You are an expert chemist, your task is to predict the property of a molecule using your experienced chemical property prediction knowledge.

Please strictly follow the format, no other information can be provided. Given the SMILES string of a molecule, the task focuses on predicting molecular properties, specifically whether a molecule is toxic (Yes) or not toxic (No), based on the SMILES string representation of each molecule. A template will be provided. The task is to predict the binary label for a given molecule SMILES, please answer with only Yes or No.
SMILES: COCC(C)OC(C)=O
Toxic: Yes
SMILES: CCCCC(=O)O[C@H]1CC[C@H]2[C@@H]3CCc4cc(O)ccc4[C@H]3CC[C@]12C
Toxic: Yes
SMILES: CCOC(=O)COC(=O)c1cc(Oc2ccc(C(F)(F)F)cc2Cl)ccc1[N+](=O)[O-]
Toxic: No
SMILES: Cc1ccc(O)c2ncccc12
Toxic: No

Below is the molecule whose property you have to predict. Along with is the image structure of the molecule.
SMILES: COC1=C(OC)C(=O)C(C/C=C(\C)CC/C=C(\C)CC/C=C(\C)CC/C=C(\C)CC/C=C(\C)CC/C=C(\C)CC/C=C(\C)CC/C=C(\C)CC/C=C(\C)CCC=C(C)C)=C(C)C1=O
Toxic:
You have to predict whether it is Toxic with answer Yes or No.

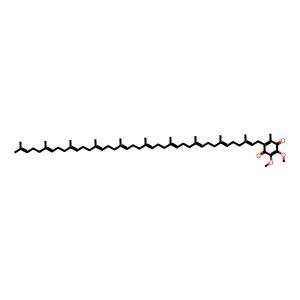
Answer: No